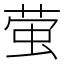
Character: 萤